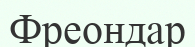
Фреондар